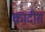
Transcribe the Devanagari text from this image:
कादीस